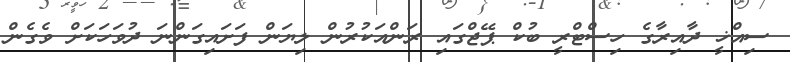
ސިއްޚީ ދާއިރާގެ ހިސްޓްރީ ބުކް ޕޭޖްގައި ރަންއަކުރުން ލިޔަން ފަށައިގަންނަ ދުވަހަކަށް ވެގެން